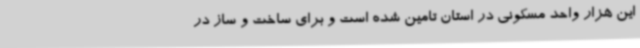
این هزار واحد مسکونی در استان تامین شده است و برای ساخت و ساز در